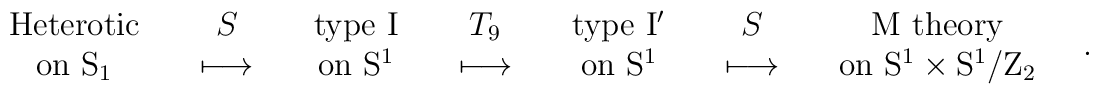
{\begin{array}{c}  {\rm Heterotic } \\ {\rm on ~ S_1} \\ \end{array}} \quad {\begin{array}{c} S \\ \longmapsto \\ \end{array}} \quad{\begin{array}{c} {\rm type ~ I} \\ {\rm on ~ S^1} \\ \end{array}} \quad {\begin{array}{c} T_9 \\ \longmapsto \\ \end{array}} \quad{\begin{array}{c} {\rm type ~ I^{\prime}} \\  {\rm on ~ S^1 } \\ \end{array}} \quad {\begin{array}{c} S \\ \longmapsto \\ \end{array}} \quad{\begin{array}{c}  {\rm M ~ theory} \\ {\rm on ~ S^{1}\times S^{1}/Z_2} \\ \end{array}} \quad .